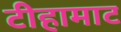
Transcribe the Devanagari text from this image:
टीहामाट